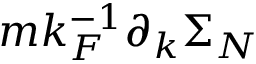
m k _ { F } ^ { - 1 } \partial _ { k } \Sigma _ { N }